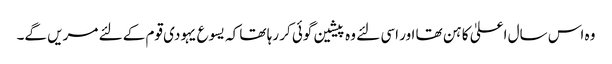
وہ اس سال اعلیٰ کاہن تھا اور اسی لئے وہ پیشین گوئی کر رہا تھا کہ یسوع یہودی قوم کے لئے مریں گے۔